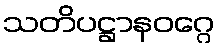
သတိပဋ္ဌာနဝဂ္ဂေ